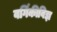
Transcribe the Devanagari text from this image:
वर्गिकीविज्ञ